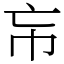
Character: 㠵